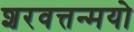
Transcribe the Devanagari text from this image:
शरवत्तन्मयो